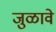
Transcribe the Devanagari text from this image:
जुळावे